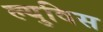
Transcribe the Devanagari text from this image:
ल्युविस